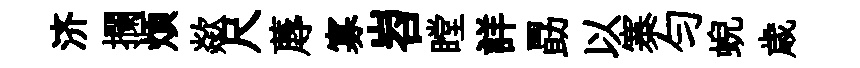
济攔煩歘尺蓐寡岧瞠詳勗以寨勻蜺歳